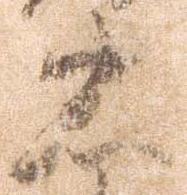
忠